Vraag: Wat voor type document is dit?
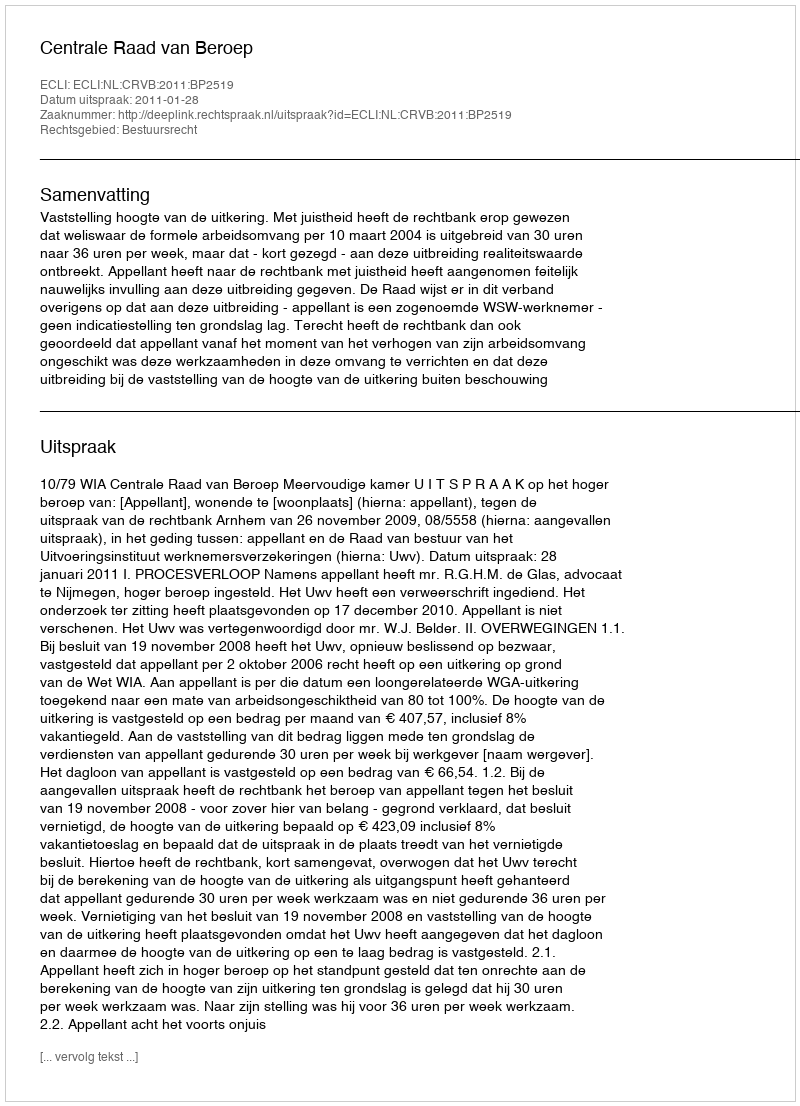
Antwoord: Uitspraak